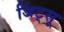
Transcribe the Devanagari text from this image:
जिंट्सू